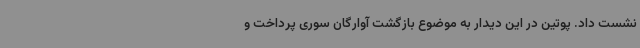
نشست داد. پوتین در این دیدار به موضوع بازگشت آوارگان سوری پرداخت و